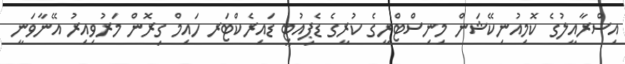
އިސްރާއީލުގެ ކޮމިއުނިކޭޝަން މިނިސްޓްރީގެ ކުރީގެ ޑެޕިއުޓީ ޑައިރެކްޓަރ ހައިމް ގިރޮން މަރުވިއިރު އޭނާވަނީ